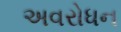
અવરોધન